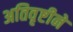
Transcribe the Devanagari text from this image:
अतिवृष्टीने